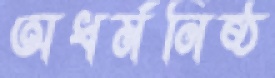
অধর্মনিষ্ঠ